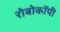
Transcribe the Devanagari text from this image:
रोबोकॉपी